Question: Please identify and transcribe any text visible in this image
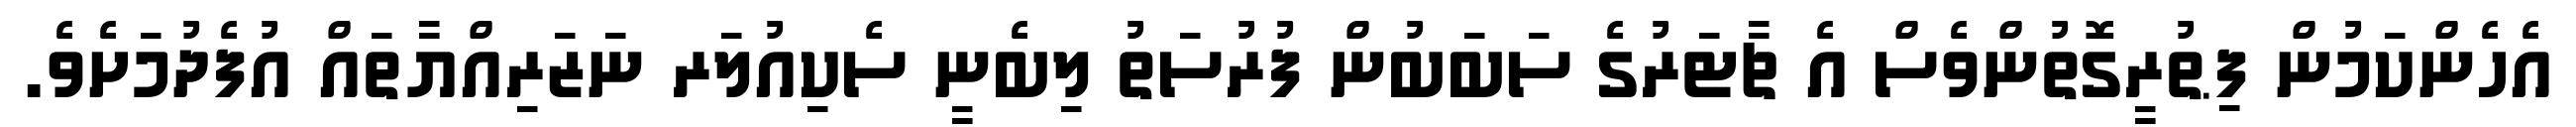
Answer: އެހެންކަމުން ފިޠުރީގޮތުންވެސް އެ ޗާޓަރުގެ ސަބަބުން ފުރުސަތު ލިބެނީ ސެކިއުލަރ ނަޒަރިއްޔާތައް އުފެދުމަށެވެ.